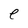
Character: e